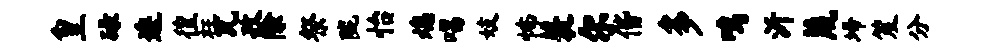
皇碌逶徨枉瓦孜除祭陇怡熄唱妓怖蓑尔偕多鸣沂蔑埽笈分